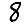
Digit: 8